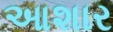
આશાર